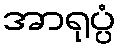
အာရုပ္ပံ